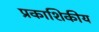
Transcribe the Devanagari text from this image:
प्रकाशिकीय